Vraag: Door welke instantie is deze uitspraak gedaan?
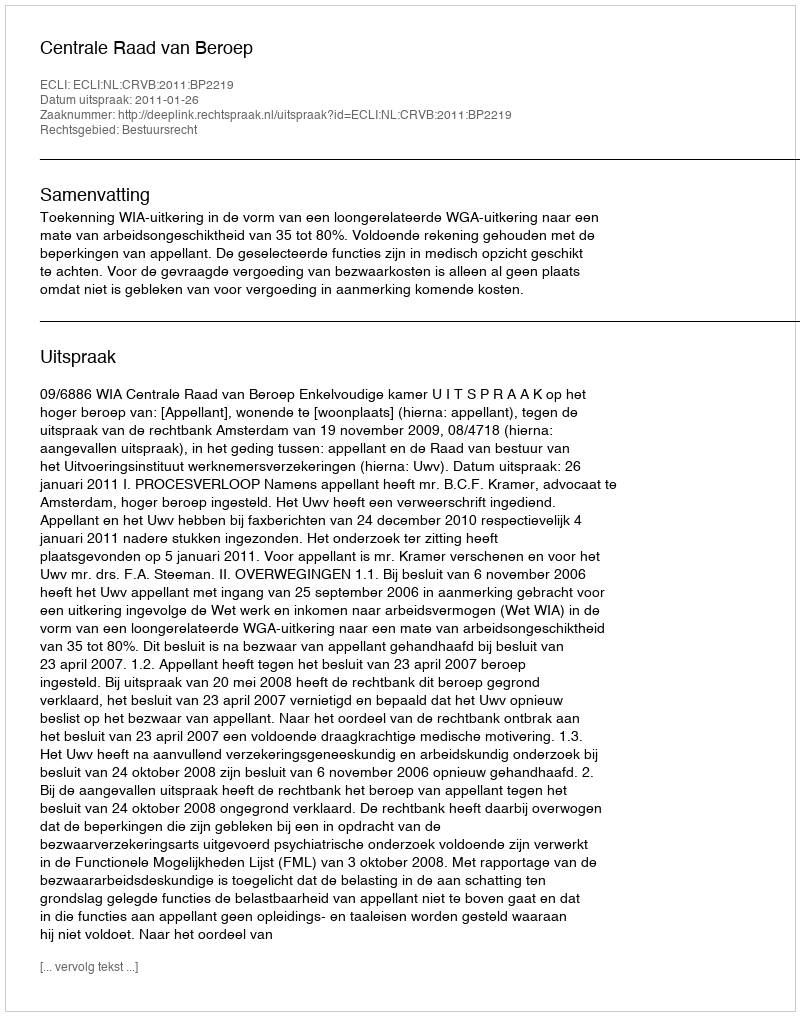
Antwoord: Centrale Raad van Beroep